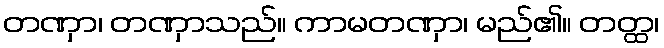
တဏှာ၊ တဏှာသည်။ ကာမတဏှာ၊ မည်၏။ တတ္ထ၊